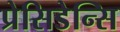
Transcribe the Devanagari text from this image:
प्रेसिडेन्सि